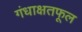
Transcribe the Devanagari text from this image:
गंधाक्षतफूल